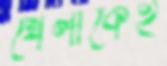
খেলাকেই